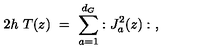
2 h \ T ( z ) \ = \ \sum _ { a = 1 } ^ { d _ { G } } : J _ { a } ^ { 2 } ( z ) : \ ,